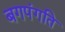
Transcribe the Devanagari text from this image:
बगपंगति